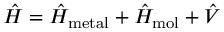
\hat { H } = \hat { H } _ { \mathrm { m e t a l } } + \hat { H } _ { \mathrm { m o l } } + \hat { V }